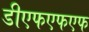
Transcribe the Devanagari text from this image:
डीएफएफएफ